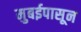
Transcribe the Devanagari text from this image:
मुबईपासून